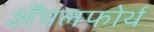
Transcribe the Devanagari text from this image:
अँपलफोर्थ